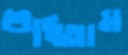
শুধিতাম